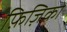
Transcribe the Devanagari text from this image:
फ़िज़िको